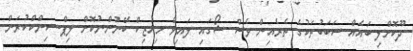
ދޫކޮށްލި ބައެއް ސަބަބުތަކުގެ ތެރެއިން ވެސް ޝޯގައި ލައިވް މިއުޒިކް ބޭނުންނުކޮށް ލިޕް-ސިންކްކުރަން